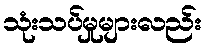
သုံးသပ်မှုများလည်း